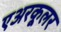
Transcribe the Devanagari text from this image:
एअरकूलर